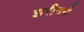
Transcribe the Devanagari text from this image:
झरीनने